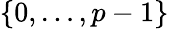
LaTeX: \{ 0,\ldots,p-1\}